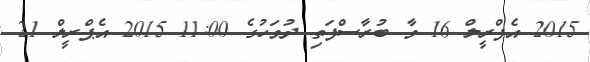
2015 އެޕްރީލް 16 ވާ ބުރާސްފަތި ދުވަހުގެ 11:00 2015 އެޕްރީލް 21